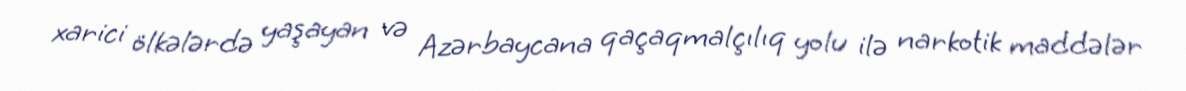
xarici ölkələrdə yaşayan və Azərbaycana qaçaqmalçılıq yolu ilə narkotik maddələr